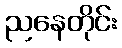
ညနေတိုင်း